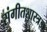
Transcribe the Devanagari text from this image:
संगीतशास्त्रज्ञ